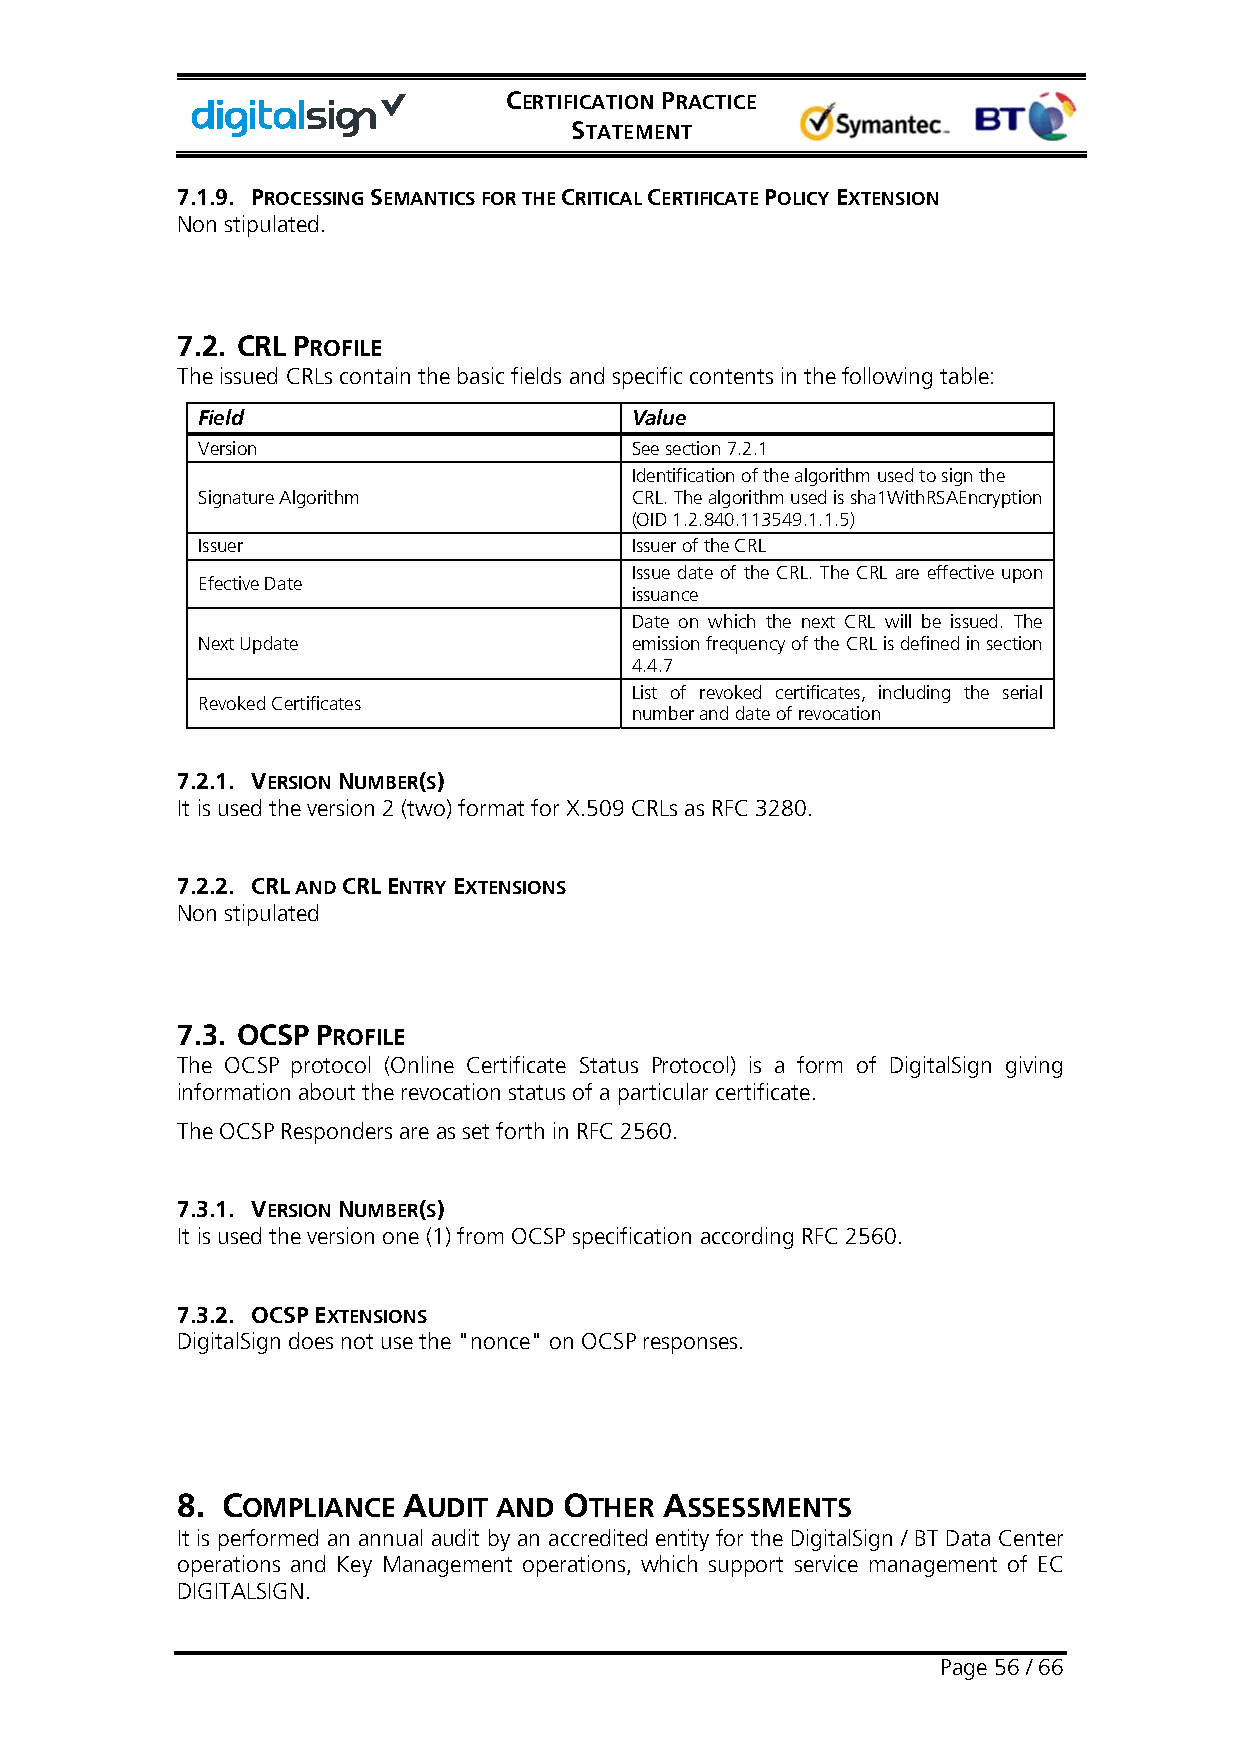
CERTIFICATION PRACTICE
 STATEMENT
 7.1.9. PROCESSING SEMANTICS FOR THE CRITICAL CERTIFICATE POLICY EXTENSION
 Non stipulated.
 7.2. CRL PROFILE
 The issued CRLs contain the basic fields and specific contents in the following table:
 Field                        Value
 Version                      See section 7.2.1
 Identification of the algorithm used to sign the
 Signature Algorithm          CRL. The algorithm used is sha1WithRSAEncryption
 (OID 1.2.840.113549.1.1.5)
 Issuer                       Issuer of the CRL
 Issue date of the CRL. The CRL are effective upon
 Efective Date
 issuance
 Date on which the next CRL will be issued. The
 Next Update                  emission frequency of the CRL is defined in section
 4.4.7
 List of revoked certificates, including the serial
 Revoked Certificates
 number and date of revocation
 7.2.1. VERSION NUMBER(S)
 It is used the version 2 (two) format for X.509 CRLs as RFC 3280.
 7.2.2. CRL AND CRL ENTRY EXTENSIONS
 Non stipulated
 7.3. OCSP PROFILE
 The OCSP protocol (Online Certificate Status Protocol) is a form of DigitalSign giving
 information about the revocation status of a particular certificate.
 The OCSP Responders are as set forth in RFC 2560.
 7.3.1. VERSION NUMBER(S)
 It is used the version one (1) from OCSP specification according RFC 2560.
 7.3.2. OCSP EXTENSIONS
 DigitalSign does not use the "nonce" on OCSP responses.
 8. COMPLIANCE  AUDIT AND OTHER  ASSESSMENTS
 It is performed an annual audit by an accredited entity for the DigitalSign / BT Data Center
 operations and Key Management operations, which support service management of EC
 DIGITALSIGN.
 Page 56 / 66